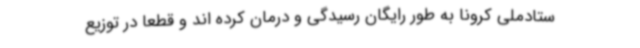
ستادملی کرونا به طور رایگان رسیدگی و درمان کرده اند و قطعا در توزیع